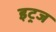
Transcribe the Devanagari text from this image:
इट्रज